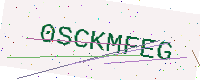
Text: 0SCKMFEG